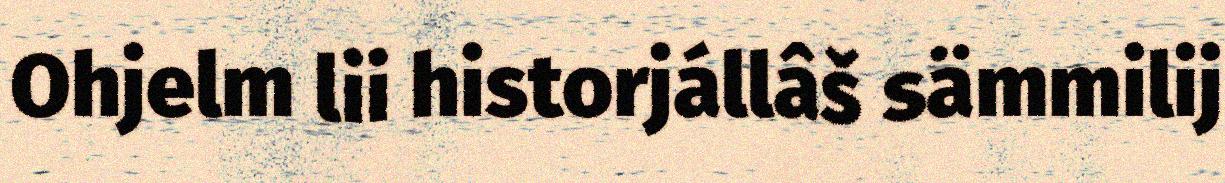
Ohjelm lii historjállâš sämmilij